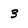
Character: 3